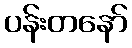
ပန်းတနော်